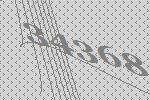
34368